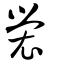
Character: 褮